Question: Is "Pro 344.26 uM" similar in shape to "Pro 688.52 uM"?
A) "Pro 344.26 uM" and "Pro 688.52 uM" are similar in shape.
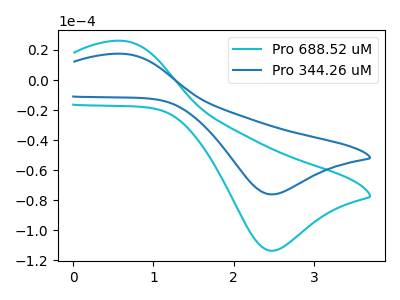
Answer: <think>The cyan curve "Pro 688.52 uM" has an anodic peak at (0.65V, 26.00uA) and a cathodic peak at (2.50V, -113.65uA). The blue curve "Pro 344.26 uM" has an anodic peak at (0.65V, 17.45uA) and a cathodic peak at (2.50V, -76.15uA).
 All the peaks in "Pro 344.26 uM" have a peak in "Pro 688.52 uM" at the same potential. Every peak in "Pro 344.26 uM" is lower than every peak in "Pro 688.52 uM".</think>
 <answer>A) "Pro 344.26 uM" and "Pro 688.52 uM" are similar in shape.</answer>
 <eval>A</eval>